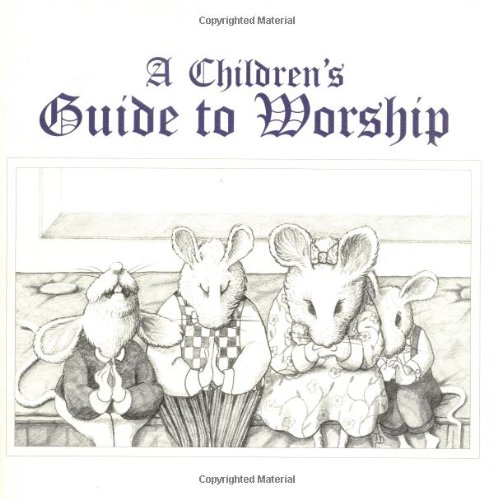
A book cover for A Children's Guide to Worship; Ruth L. Boling; Christian Books & Bibles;